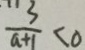
\frac { 3 } { a + 1 } < 0